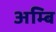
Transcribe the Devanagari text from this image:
अम्बि